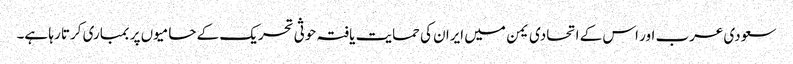
سعودی عرب اور اس کے اتحادی یمن میں ایران کی حمایت یافتہ حوثی تحریک کے حامیوں پر بمباری کرتا رہا ہے۔